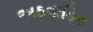
અઠવાડિક